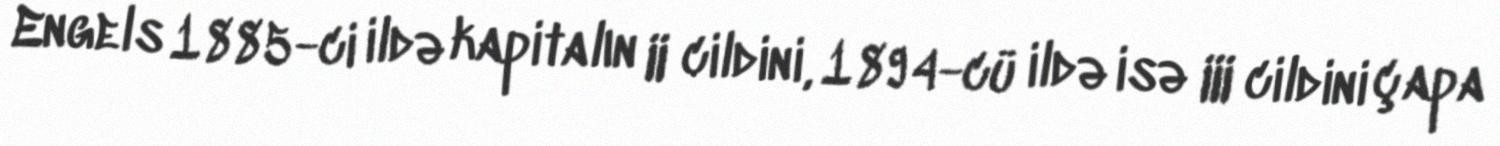
Engels 1885-ci ildə kapitalın II cildini, 1894-cü ildə isə III cildini çapa